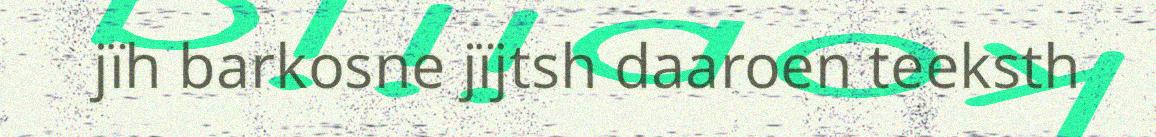
jïh barkosne jïjtsh daaroen teeksth